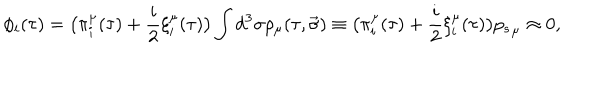
\phi _ { i } ( \tau ) = \big ( \pi _ { i } ^ { \mu } ( \tau ) + \frac i 2 \xi _ { i } ^ { \mu } ( \tau ) \big ) \int { d ^ { 3 } \sigma \rho _ { \mu } ( \tau , \vec { \sigma } ) \equiv \big ( \pi _ { i } ^ { \mu } ( \tau ) + \frac i 2 \xi _ { i } ^ { \mu } ( \tau ) \big ) { p _ { s } } _ { \mu } } \approx 0 ,